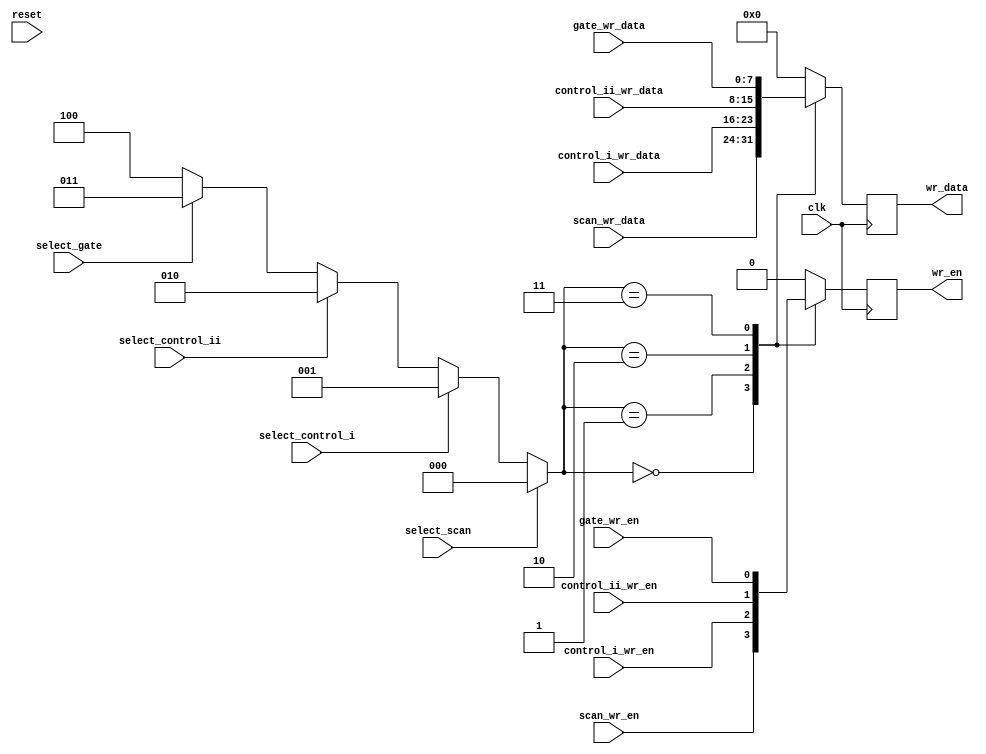
`timescale 1ns / 1ps

module mux(
        input   wire        clk                 ,                    
        input   wire        reset               ,                  
        input   wire        select_scan         ,            
        input   wire        select_control_i    ,      
        input   wire        select_control_ii   ,     
        input   wire        select_gate         ,          
        input   wire        scan_wr_en          ,            
        input   wire  [7:0] scan_wr_data        ,         
        input   wire        control_i_wr_en     ,      
        input   wire  [7:0] control_i_wr_data   ,    
        input   wire        control_ii_wr_en    ,  
        input   wire  [7:0] control_ii_wr_data  ,    
        input   wire        gate_wr_en          ,           
        input   wire  [7:0] gate_wr_data        ,         
        
        output  wire        wr_en               ,                
	    output  wire  [7:0] wr_data               
    );

    reg [7:0]   wr_data_r = 8'b0;
    reg         wr_en_r   = 1'b0;
    
    wire [2:0] select;
    assign select = (select_scan)?3'b000:(select_control_i)?3'b001:(select_control_ii)?3'b010:(select_gate)?3'b011:3'b100; 
    
    always @(posedge clk)begin
        case(select) 
            3'b000 :begin
                    wr_data_r  <= scan_wr_data;
                    wr_en_r    <= scan_wr_en;       
                   end
            3'b001 :begin
                    wr_data_r  <= control_i_wr_data;
                    wr_en_r    <= control_i_wr_en;               
                   end
            3'b010 :begin
                    wr_data_r  <= control_ii_wr_data;
                    wr_en_r    <= control_ii_wr_en;               
                   end
            3'b011 :begin
                    wr_data_r  <= gate_wr_data;
                    wr_en_r    <= gate_wr_en;               
                   end
            default:begin
                    wr_data_r  <= 8'h0;
                    wr_en_r    <= 1'b0;        
            end
        endcase
    end

    assign wr_data = wr_data_r;
    assign wr_en   = wr_en_r;

endmodule